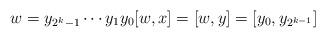
LaTeX: \begin{align*} w = y_{2^k-1}\cdots y_1y_0 [w,x]=[w,y]=[y_0,y_{2^{k-1}}] \end{align*}